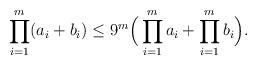
LaTeX: \begin{align*}\prod_{i=1}^{m}(a_i+b_i)\leq 9^m\Big(\prod_{i=1}^{m}a_i+\prod_{i=1}^{m}b_i\Big).\end{align*}